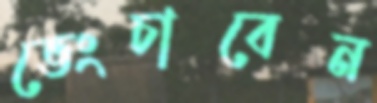
ভেংচাবেন